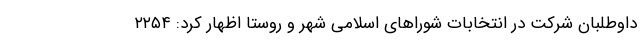
داوطلبان شرکت در انتخابات شوراهای اسلامی شهر و روستا اظهار کرد: ۲۲۵۴